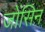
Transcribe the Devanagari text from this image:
जोंसिन